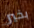
بخير